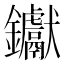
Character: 钀